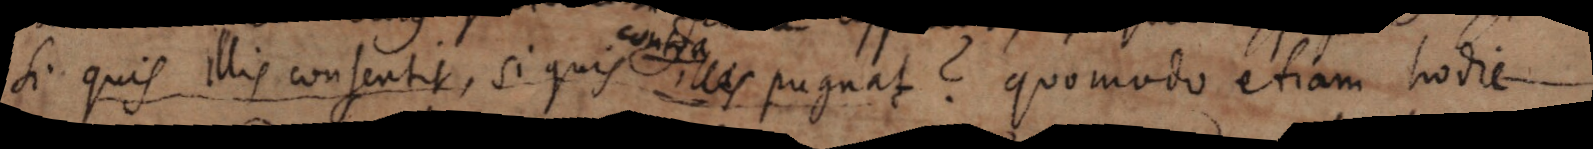
Si quis illis consentit , si quis illas pugnat ? Quomodo etiam hodie